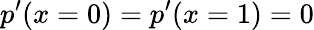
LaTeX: p^{\prime}(x=0)=p^{\prime}(x=1)=0